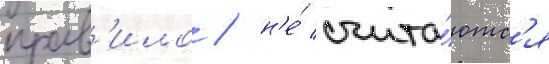
прав'ило / н'е́ счита́ютс'я